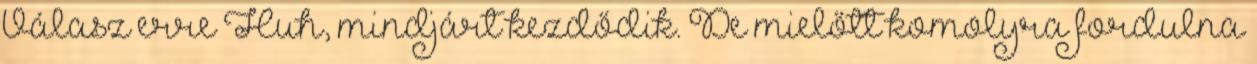
Válasz erre Huh, mindjárt kezdődik. De mielőtt komolyra fordulna